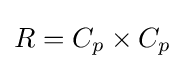
R=C_{p}\times C_{p}